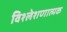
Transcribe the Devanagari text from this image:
विश्लेशणात्मक